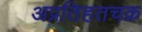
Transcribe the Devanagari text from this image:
अप्रतिहतचक्र